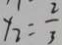
y _ { 2 } = \frac { 2 } { 3 }